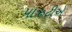
પાઋટીએ